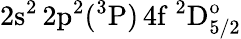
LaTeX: \mathrm{2s^{2}\, 2p^{2}(^{3}P)\, 4f~^{2}D_{5/2}^{o}}